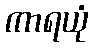
ကာရယုံ